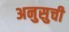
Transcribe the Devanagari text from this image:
अनुसुची